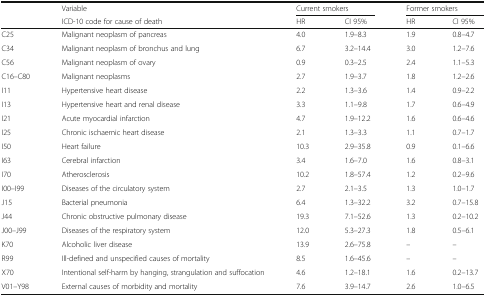
|  | Variable | <COLSPAN=2> Current smokers | <COLSPAN=2> Former smokers |
 |  | ICD-10 code for cause of death | HR | CI 95% | HR | CI 95% |
 | --- | --- | --- | --- | --- | --- |
 | C25 | Malignant neoplasm of pancreas | 4.0 | 1.9–8.3 | 1.9 | 0.8–4.7 |
 | C34 | Malignant neoplasm of bronchus and lung | 6.7 | 3.2–14.4 | 3.0 | 1.2–7.6 |
 | C56 | Malignant neoplasm of ovary | 0.9 | 0.3–2.5 | 2.4 | 1.1–5.3 |
 | C16–C80 | Malignant neoplasms | 2.7 | 1.9–3.7 | 1.8 | 1.2–2.6 |
 | I11 | Hypertensive heart disease | 2.2 | 1.3–3.6 | 1.4 | 0.9–2.2 |
 | I13 | Hypertensive heart and renal disease | 3.3 | 1.1–9.8 | 1.7 | 0.6–4.9 |
 | I21 | Acute myocardial infarction | 4.7 | 1.9–12.2 | 1.6 | 0.6–4.6 |
 | I25 | Chronic ischaemic heart disease | 2.1 | 1.3–3.3 | 1.1 | 0.7–1.7 |
 | I50 | Heart failure | 10.3 | 2.9–35.8 | 0.9 | 0.1–6.6 |
 | I63 | Cerebral infarction | 3.4 | 1.6–7.0 | 1.6 | 0.8–3.1 |
 | I70 | Atherosclerosis | 10.2 | 1.8–57.4 | 1.2 | 0.2–9.6 |
 | I00–I99 | Diseases of the circulatory system | 2.7 | 2.1–3.5 | 1.3 | 1.0–1.7 |
 | J15 | Bacterial pneumonia | 6.4 | 1.3–32.2 | 3.2 | 0.7–15.8 |
 | J44 | Chronic obstructive pulmonary disease | 19.3 | 7.1–52.6 | 1.3 | 0.2–10.2 |
 | J00–J99 | Diseases of the respiratory system | 12.0 | 5.3–27.3 | 1.8 | 0.5–6.1 |
 | K70 | Alcoholic liver disease | 13.9 | 2.6–75.8 | – | – |
 | R99 | Ill-defined and unspecified causes of mortality | 8.5 | 1.6–45.6 | – | – |
 | X70 | Intentional self-harm by hanging, strangulation and suffocation | 4.6 | 1.2–18.1 | 1.6 | 0.2–13.7 |
 | V01–Y98 | External causes of morbidity and mortality | 7.6 | 3.9–14.7 | 2.6 | 1.0–6.5 |